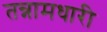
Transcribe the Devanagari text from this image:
तन्नामधारी